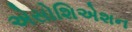
એસોશિએશન